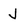
Character: J